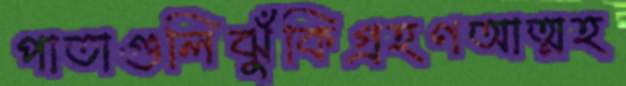
পাতাগুলিঝুঁকিগ্রহণআত্মহ